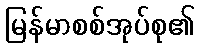
မြန်မာစစ်အုပ်စု၏